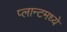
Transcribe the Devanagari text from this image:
प्लान्टमध्ये